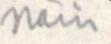
näin